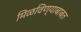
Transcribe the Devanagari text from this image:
मिळविण्याबाबत